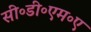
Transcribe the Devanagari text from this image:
सी॰डी॰एम॰ए